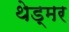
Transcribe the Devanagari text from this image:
थेड्मर